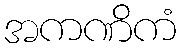
အကဏိကံ